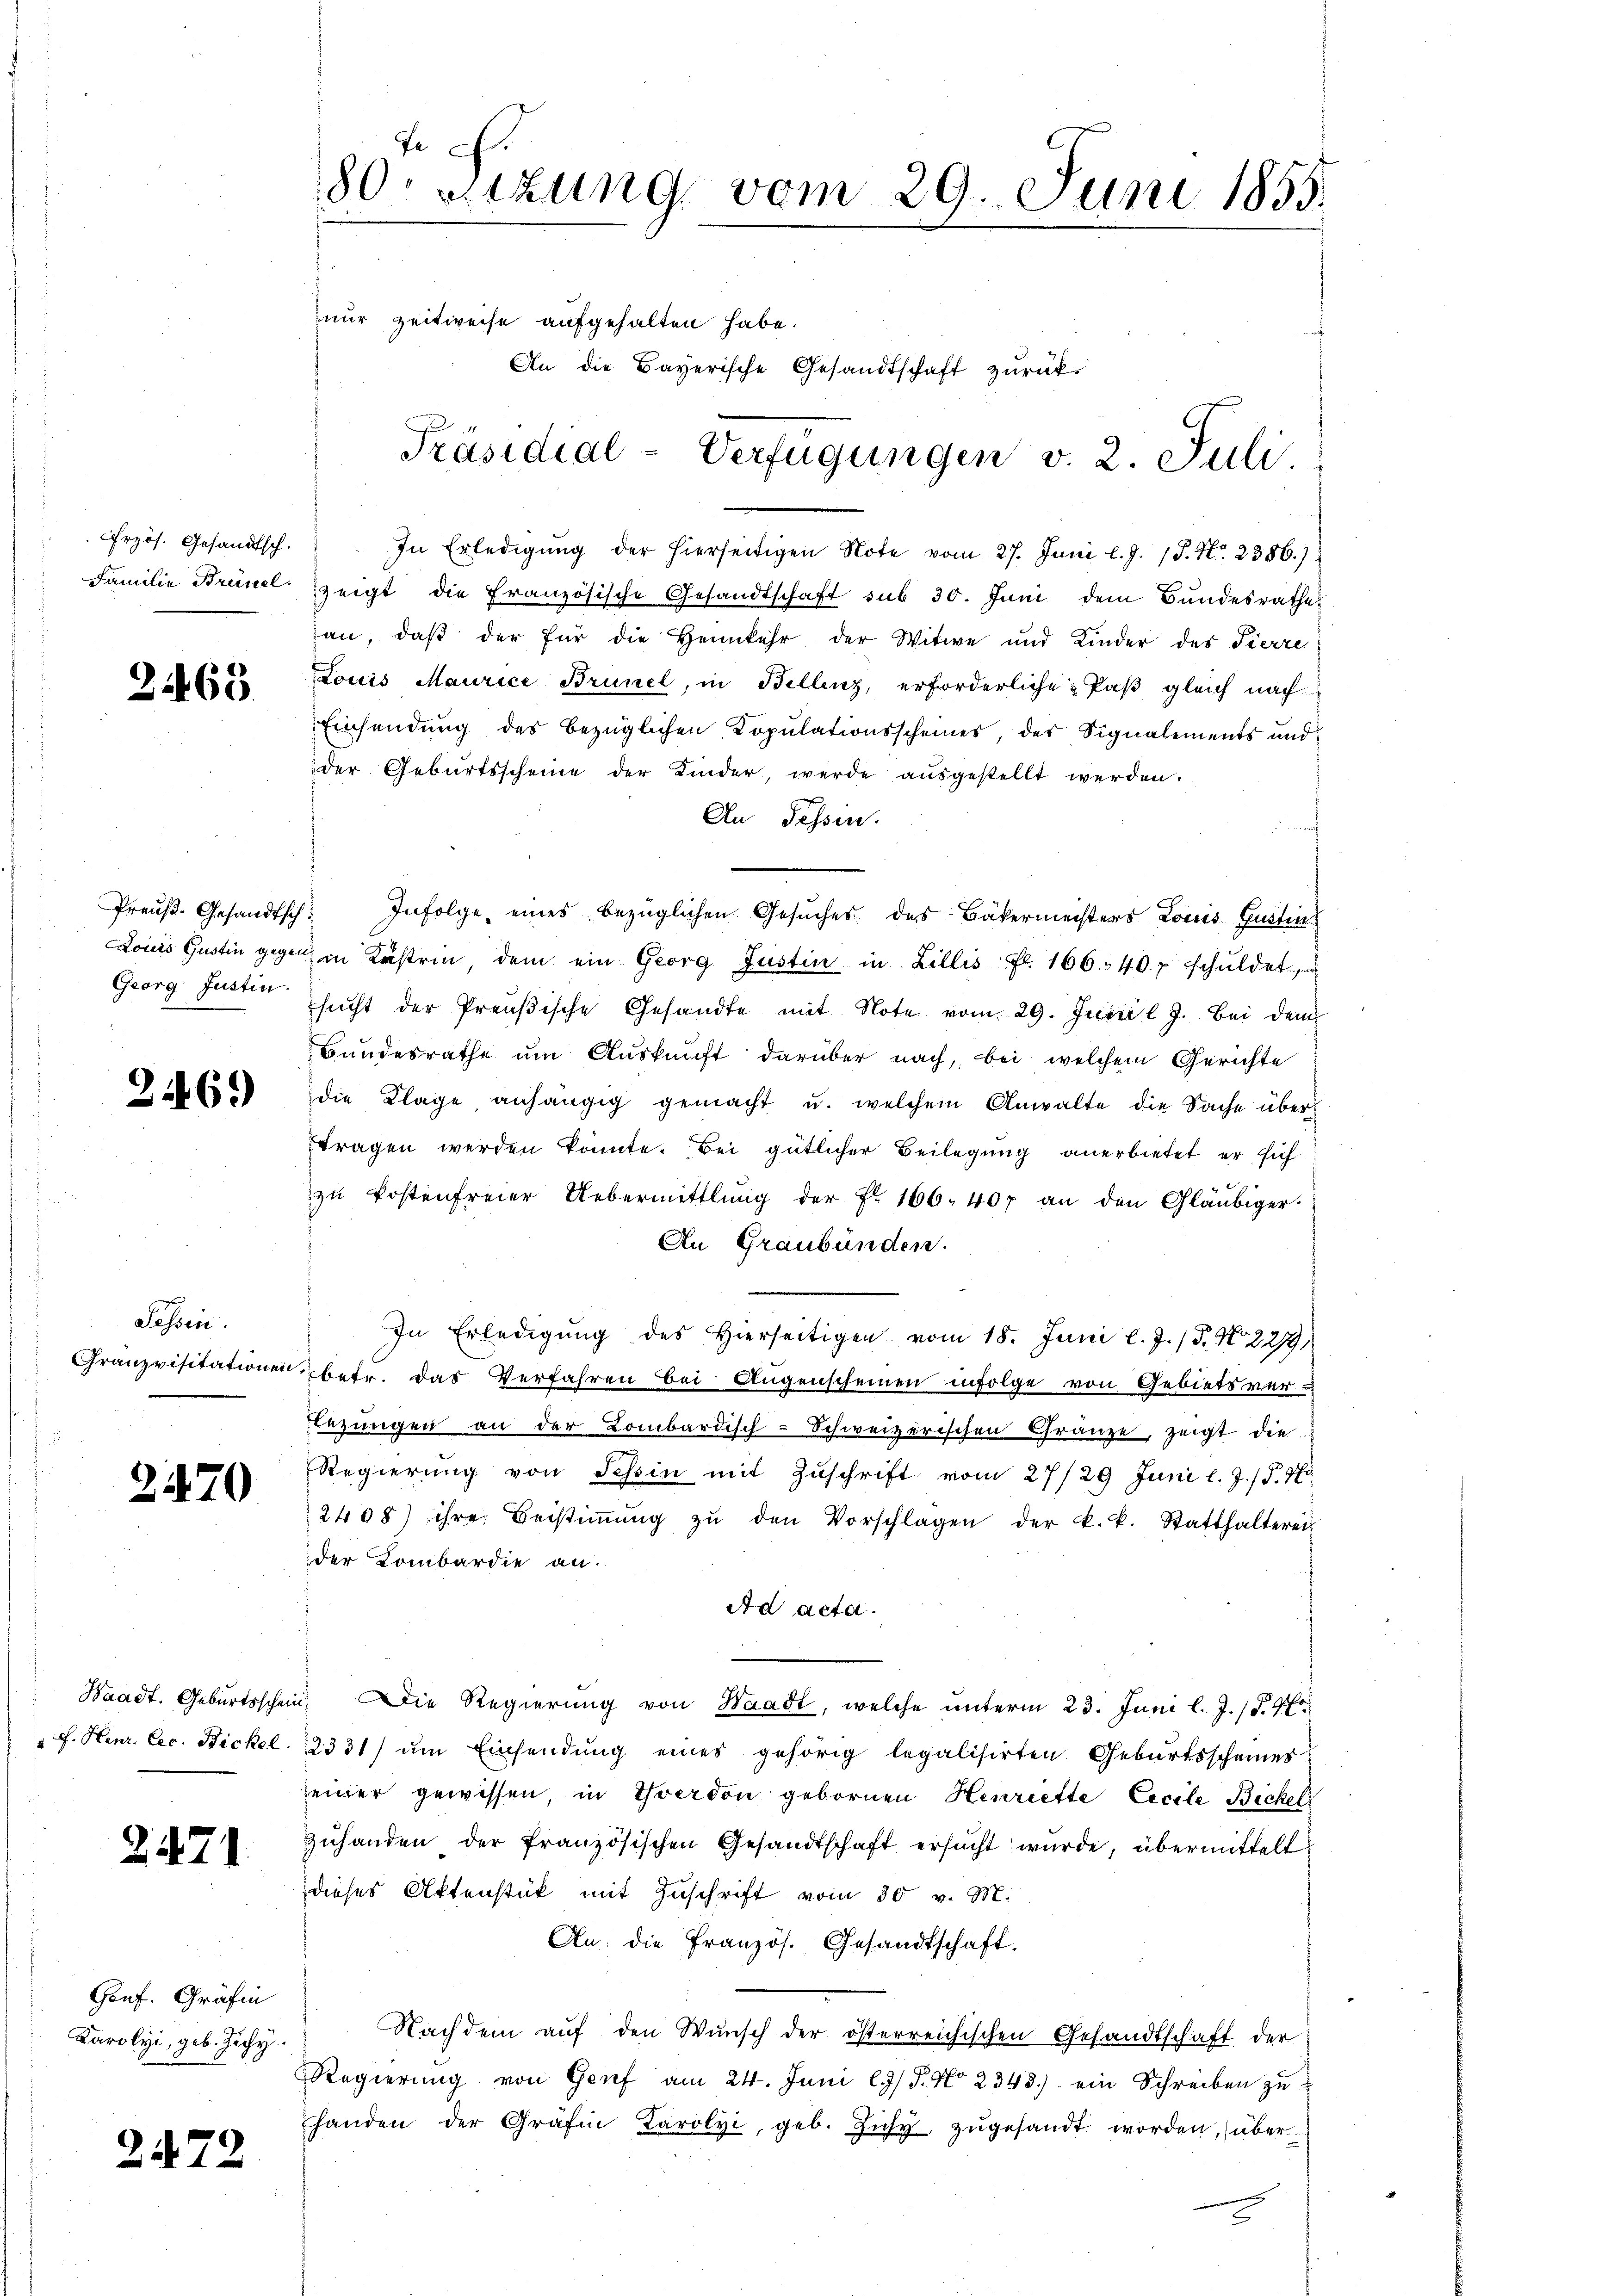
rzös. Gesandtsch.
Familie Brüsel.

2463

Preuß. Gesandtsch
Louis Gustin gegen
Georg Justin

2469)

Tessin.
Granzvisitationen

2470

Waadt. Geburtsschein
F. Heur. Cec. Bickel.

2471.

Gonf. Gräfin
Karolyi, geb. Zichy.

2472

Je
80 setzung vom 29. Juni 1855.
nur zeitweise aufgehalten habe.
An die Bayerische Gesandtschaft zurück¬
Präsidial-Verfügungen v. 2. Juli.

In Erledigŭng der hierseitigen Note vom 27. Juni l. J. 18. No. 2386.)
zeigt die Französische Gesandtschaft sub 30. Juni dem Bundesrathe
an, daß der für die Heimkehr der Witwe und Kinder des Pierre
Louis Maurice Brünel, in Bellenz, erforderliche Paß gleich nach
Einsendung des bezüglichen Kopulationsscheines der Signalements und
der Geburtsscheine der Kinder, werde ausgestellt werden.
An Passen.
 Infolge, eines bezüglichen Gesuches des Bäkermeisters Louis Gustins
u in Kristrin, dem ein Georg Justin in Billis fl. 166. 40 f. schuldet
sŭcht der Preußische Gesandte mit Note vom 29. Juni l. J. bei dem
Hundesrathe um Auskunft darüber nach, bei welchem Gerichte
die Klage anhängig gemacht u. welchem Anwalte die Sache übertragen werden könnte. Bei gütlicher Beilegung anerbietet er sich
zu kostenfreier Uebermittlung der Fr. 166. 407 an den Gläubiger¬
An Graubünden.
In Erledigung des Hierseitigen vom 18. Juni l. J. P. Nr. 2279
betr. das Verfahren bei Augenscheinen infolge von Gebietsver-
Lezungen an der Lombardisch-Schweizerischen Gränze, zeigt die
Regierŭng von Tessin mit Zŭschrift vom 27/29. Juni l. J. /.
2408) ihre Bestiṁŭng zŭ den Vorschlagen der k. k. Statthalterei-
der Kombardie an.
Ad acta.
Die Regierung von Waadt, welche unterm 23. Juni l. J. (§. 4.
2331) ŭm Einsendŭng eines gehörig legalisirten Geburtsscheines:
einer gewissen in Yverdon gebornen Henriette Excele Bickeli
Zuhanden der französischen Gesandtschaft ersŭcht wurde, übermittelt
dieses Aktenstück mit Zuschrift vom 30 v. M.
An die Französ. Gesandtschaft.
Nachdem auf den Wunsch der österreichischen Gesandtschaft der
Regierung von Genf am 24. Juni l. J. No 2343.) ein Schreiben zu
handen der Gräfin Parolyi, geb. Zŭhy zŭgesandt worden, über